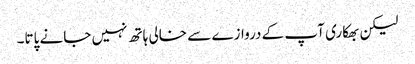
لیکن بھکاری آپ کے دروازے سے خالی ہاتھ نہیں جانے پاتا۔